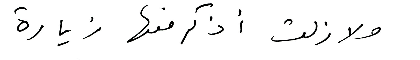
ولا زلت أذكر منها زيارة